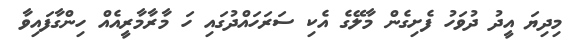
މިދިޔަ އީދު ދުވަހު ފެށިގެން މާލޭގެ އެކި ސަރަހައްދުގައި ހަ މާރާމާރީއެއް ހިންގާފައިވާ